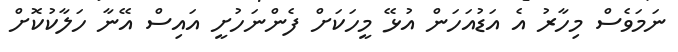
ނަމަވެސް މިހާރު އެ އަޑުއަހަން އުޅޭ މީހަކަށް ފެންނަހުށީ އައިސް އޭނާ ހަލާކުކޮށް